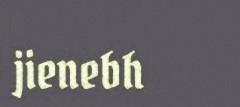
jienebh